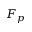
F _ { p }